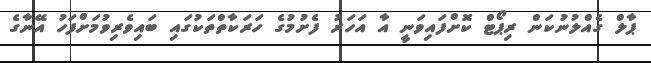
ޕާލް ގެއްލުނުކަން ރިޕޯޓް ކޮށްފައިވަނީ އާ އަހަރު ފެށުމުގެ ހަރަކާތްތަކުގައި ބައިވެރިވުމަށްފަހު އޭނާގެ